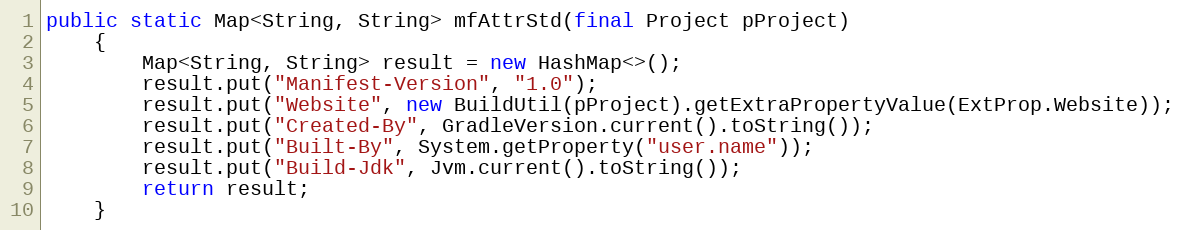
Language: Java
public static Map<String, String> mfAttrStd(final Project pProject)
    {
        Map<String, String> result = new HashMap<>();
        result.put("Manifest-Version", "1.0");
        result.put("Website", new BuildUtil(pProject).getExtraPropertyValue(ExtProp.Website));
        result.put("Created-By", GradleVersion.current().toString());
        result.put("Built-By", System.getProperty("user.name"));
        result.put("Build-Jdk", Jvm.current().toString());
        return result;
    }